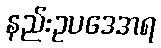
နည်းဥပဒေအရ